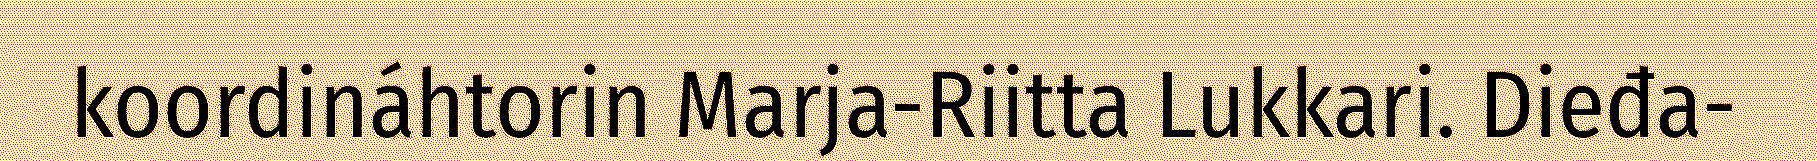
koordináhtorin Marja-Riitta Lukkari. Dieđa-